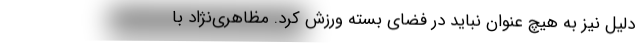
دلیل نیز به هیچ عنوان نباید در فضای بسته ورزش کرد. مظاهری‌نژاد با